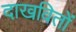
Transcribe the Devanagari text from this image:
दाखवितों